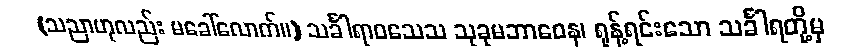
(သညာဟုလည်း မခေါ်လောက်။) သင်္ခါရာဝသေသ သုခုမဘာဝေန၊ ရုန့်ရင်းသော သင်္ခါရတို့မှ